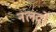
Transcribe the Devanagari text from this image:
नलदों